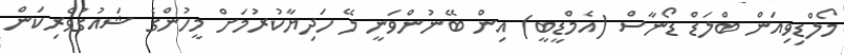
މޯލްޑިވިއަން ބްލަޑް ޑޯނާސް (އެމްޑީބީ) އިން ބޭނުންވަނީ ލޭ ހަދިޔާކުރުމަށް މީހުންގެ ޝައުގުވެރިކަން